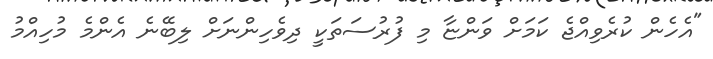
"އެހެން ކުރެވިއްޖެ ކަމަށް ވަންޏާ މި ފުރުސަތަކީ ދިވެހިންނަށް ލިބޭނެ އެންމެ މުހިއްމު